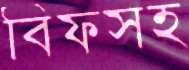
বিফসহ